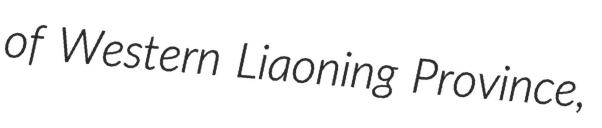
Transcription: of Western Liaoning Province,